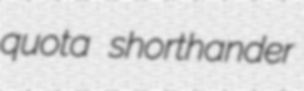
quota shorthander